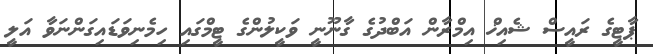
ޕާޓީގެ ރައީސް ޝެއިޚް އިމްރާން އަބްދުގެ ގާނޫނީ ވަކީލުންގެ ޓީމްގައި ހިމެނިވަޑައިގަންނަވާ އަލީ